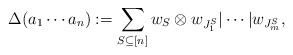
LaTeX: \begin{align*}\Delta(a_1\dotsm a_n):=\sum_{S\subseteq[n]}w_S \otimes w_{J^S_1}\vert\dotsm\vert w_{J^S_m},\end{align*}